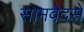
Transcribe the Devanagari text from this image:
सामवेदसे